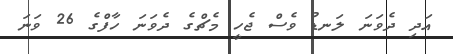
އަދި ދެވަނަ ލަނޑު ވެސް ޖެހީ މެޗްގެ ދެވަނަ ހާފްގެ 26 ވަނަ